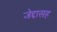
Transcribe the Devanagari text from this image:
जेद्दासह